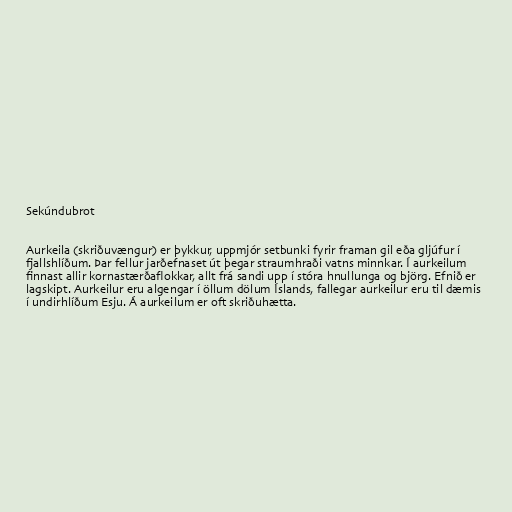
Sekúndubrot

Aurkeila (skriðuvængur) er þykkur, uppmjór setbunki fyrir framan gil eða gljúfur í
fjallshlíðum. Þar fellur jarðefnaset út þegar straumhraði vatns minnkar. Í aurkeilum
finnast allir kornastærðaflokkar, allt frá sandi upp í stóra hnullunga og björg. Efnið er
lagskipt. Aurkeilur eru algengar í öllum dölum Íslands, fallegar aurkeilur eru til dæmis
í undirhlíðum Esju. Á aurkeilum er oft skriðuhætta.